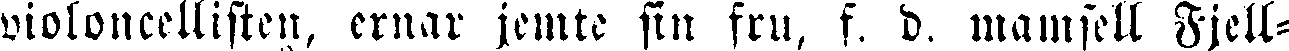
violoncellisten, ernar jemte sin fru, f. d, mamsell Fjell-